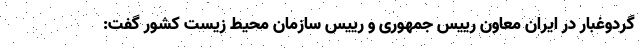
گردوغبار در ایران معاون رییس جمهوری و رییس سازمان محیط زیست کشور گفت: